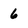
Character: 6